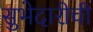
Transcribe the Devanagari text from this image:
सुभेदारीची